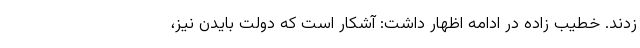
زدند. خطیب زاده در ادامه اظهار داشت: آشکار است که دولت بایدن نیز،